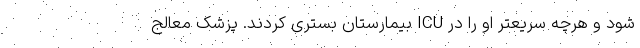
شود و هرچه‌ سریعتر او را در ICU بیمارستان بستری کردند. پزشک معالج